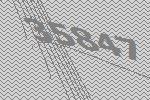
35847